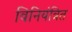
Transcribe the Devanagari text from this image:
विनियंत्रित